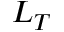
L _ { T }